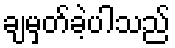
ချမှတ်ခဲ့ပါသည်